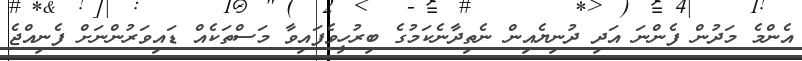
އެންމެ މަދުން ފެންނަ އަދި ދުނިޔެއިން ނެތިދާނެކަމުގެ ބިރުހީވެފައިވާ މަސްތަކެއް ޑައިވަރުންނަށް ފެނިއްޖެ